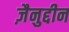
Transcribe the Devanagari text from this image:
ज़ैनुद्दीन